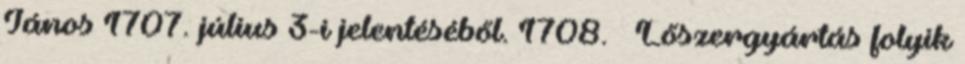
János 1707. július 3-i jelentéséből. 1708. – Lőszergyártás folyik